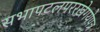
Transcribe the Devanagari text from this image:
सभापटलपररखेगयेपत्र